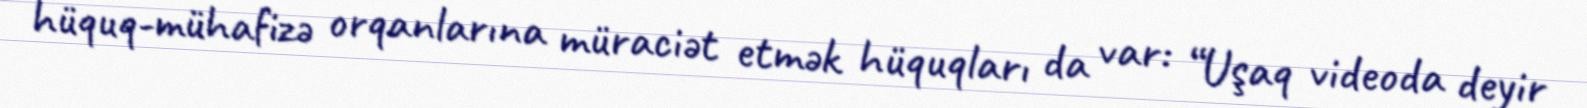
hüquq-mühafizə orqanlarına müraciət etmək hüquqları da var: “Uşaq videoda deyir